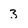
Character: 3